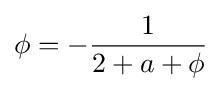
\phi =-{\frac {1}{2+a+\phi }}